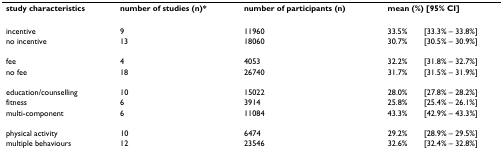
<table><thead><tr><td><b>study characteristics</b></td><td><b>number of studies (n)*</b></td><td><b>number of participants (n)</b></td><td colspan="2"><b>mean (%) [95% CI]</b></td></tr></thead><tbody><tr><td>incentive</td><td>9</td><td>11960</td><td>33.5%</td><td>[33.3% – 33.8%]</td></tr><tr><td>no incentive</td><td>13</td><td>18060</td><td>30.7%</td><td>[30.5% – 30.9%]</td></tr><tr><td>fee</td><td>4</td><td>4053</td><td>32.2%</td><td>[31.8% – 32.7%]</td></tr><tr><td>no fee</td><td>18</td><td>26740</td><td>31.7%</td><td>[31.5% – 31.9%]</td></tr><tr><td>education/counselling</td><td>10</td><td>15022</td><td>28.0%</td><td>[27.8% – 28.2%]</td></tr><tr><td>fitness</td><td>6</td><td>3914</td><td>25.8%</td><td>[25.4% – 26.1%]</td></tr><tr><td>multi-component</td><td>6</td><td>11084</td><td>43.3%</td><td>[42.9% – 43.3%]</td></tr><tr><td>physical activity</td><td>10</td><td>6474</td><td>29.2%</td><td>[28.9% – 29.5%]</td></tr><tr><td>multiple behaviours</td><td>12</td><td>23546</td><td>32.6%</td><td>[32.4% – 32.8%]</td></tr></tbody></table>